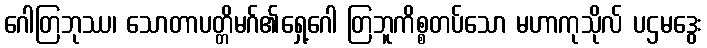
ဂေါတြဘုဿ၊ သောတာပတ္တိမဂ်၏ရှေ့ဂေါ တြဘူကိစ္စတပ်သော မဟာကုသိုလ် ပဌမဒွေး